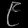
Digit: ၉